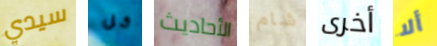
سيدي كل الأحاديث شام أخرى ألا